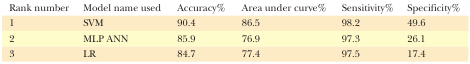
| Rank number | Model name used | Accuracy% | Area under curve% | Sensitivity% | Specificity% |
 | --- | --- | --- | --- | --- | --- |
 | 1 | SVM | 90.4 | 86.5 | 98.2 | 49.6 |
 | 2 | MLP ANN | 85.9 | 76.9 | 97.3 | 26.1 |
 | 3 | LR | 84.7 | 77.4 | 97.5 | 17.4 |